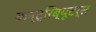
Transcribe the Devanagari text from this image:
कन्ट्रिब्यूटर्स